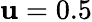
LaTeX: \mathbf{u}=0.5